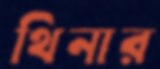
থিনার